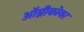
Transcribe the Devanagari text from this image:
ऑम्नीकोयर